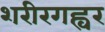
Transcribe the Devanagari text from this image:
शरीरगह्वर